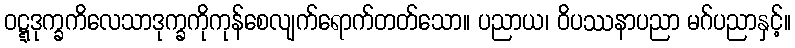
ဝဋ္ဋဒုက္ခကိလေသာဒုက္ခကိုကုန်စေလျက်ရောက်တတ်သော။ ပညာယ၊ ဝိပဿနာပညာ မဂ်ပညာနှင့်။